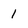
Character: 1